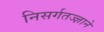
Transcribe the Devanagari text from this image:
निसर्गतज्‍ज्ञाने